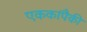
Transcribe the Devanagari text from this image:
एककांपैकी